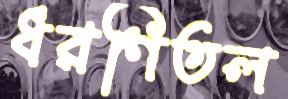
ধরণিতল